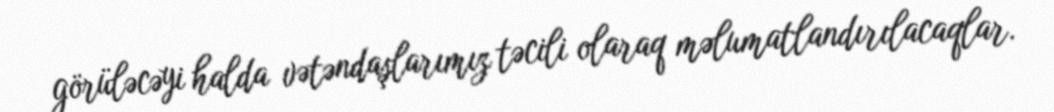
görüləcəyi halda vətəndaşlarımız təcili olaraq məlumatlandırılacaqlar.